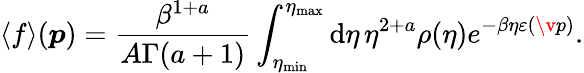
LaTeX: \langle f\rangle(\boldsymbol{p})=\frac{\beta^{1+a}}{A\Gamma(a+1)}\int_{\eta_{\mathrm{min}}}^{\eta_{\mathrm{max}}}\mathrm{d}\eta\, \eta^{2+a}\rho(\eta)e^{-\beta\eta\varepsilon(\v{p})}.